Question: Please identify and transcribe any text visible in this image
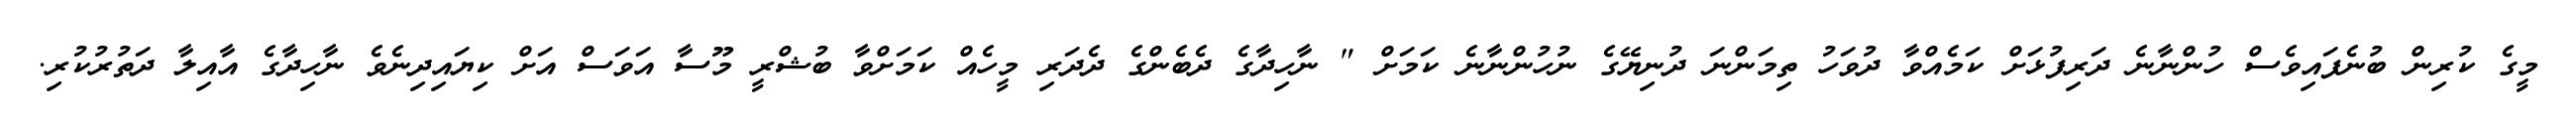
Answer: މީގެ ކުރިން ބުނެފައިވެސް ހުންނާނެ ދަރިފުޅަށް ކަމެއްވާ ދުވަހު ތިމަންނަ ދުނިޔޭގެ ނުހުންނާނެ ކަމަށް " ނާހިދާގެ ދެބެންގެ ދެދަރި މީހެއް ކަމަށްވާ ބުޝްރީ މޫސާ އަވަސް އަށް ކިޔައިދިނެވެ ނާހިދާގެ އާއިލާ ދަތުރުކުރި.